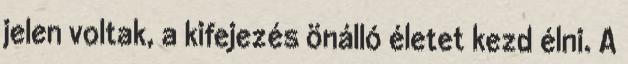
jelen voltak, a kifejezés önálló életet kezd élni. A